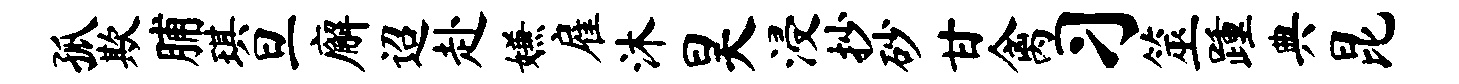
孤欺脯琪旦廨迢赴嫌雇沐昊浸抄砂甘禽习筮踵典昆